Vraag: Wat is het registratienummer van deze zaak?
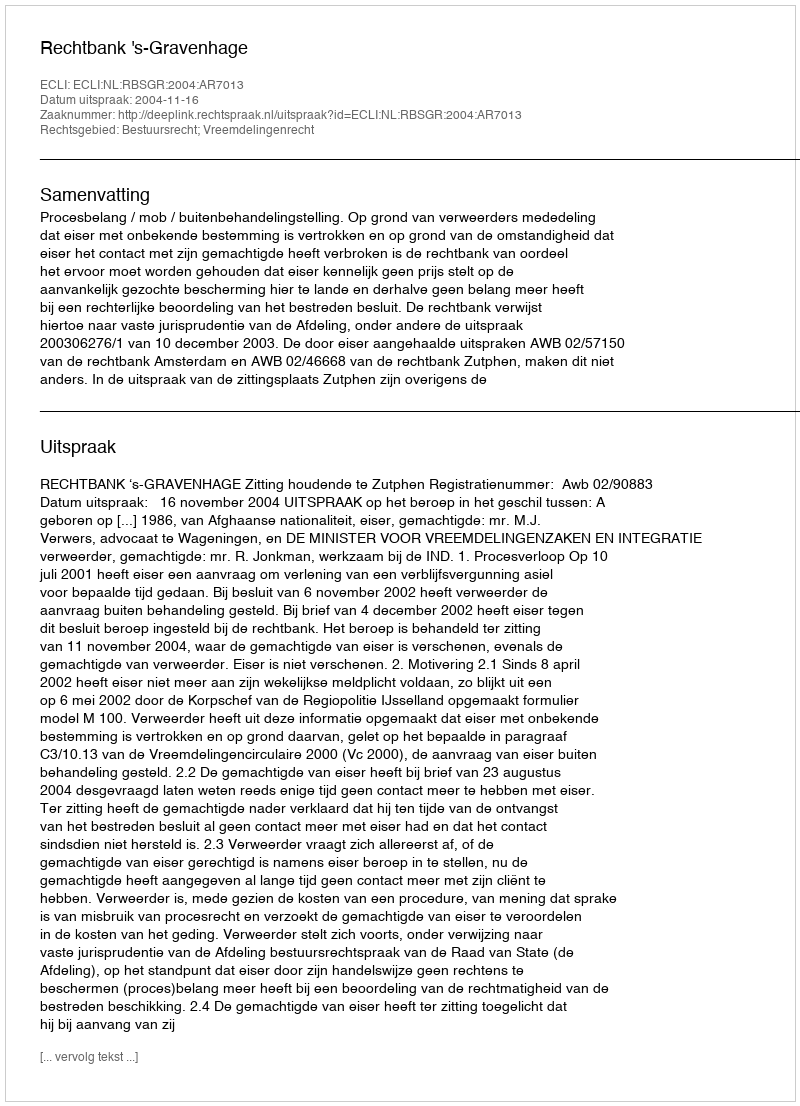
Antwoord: http://deeplink.rechtspraak.nl/uitspraak?id=ECLI:NL:RBSGR:2004:AR7013